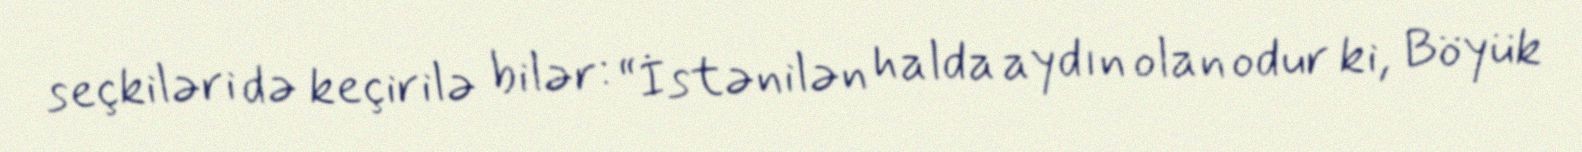
seçkiləri də keçirilə bilər: “İstənilən halda aydın olan odur ki, Böyük